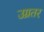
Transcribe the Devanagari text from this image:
उग्रतर